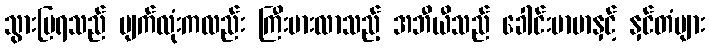
သွားပြရသည် မျက်လုံးကလည်း ကြီးမားလာသည့် အဘီယီသည် ခေါင်းမာမာနှင့် နှင်တံများ